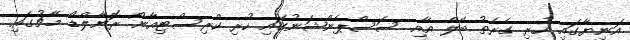
އަނިޔާގައި ހުރި ގެރެތު ބޭލް އާއި ސަސްޕެންޝަނުގައި ހުރި ކްރިސްޓިއާނޯ ރޮނާލްޑޯ މެޗުގައި